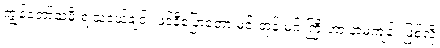
ကျွန်တော့်သမီးရဲ့သူငယ်ချင်း ဖဲင်နီပြောတော့ မင်းတုန်းမင်းကြီးဟာ နာမကျန်း ဖြစ်လို့